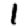
Digit: 1